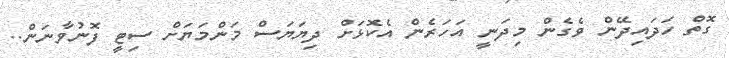
ގޮތް ހަދައިދޭން ވެގެން މިދަނީ އަހަރެން އެކޮޅަށް ދިޔަޔަސް މަންމަޔަށް ސިޓީ ފޮނުވާނަން..